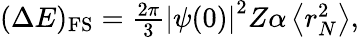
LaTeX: \begin{array}{r}{(\Delta E)_{\mathrm{FS}}=\frac{2\pi}{3}\left|\psi(0)\right|^{2}Z\alpha\left<r_{N}^{2}\right>,}\end{array}